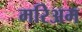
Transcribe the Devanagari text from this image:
मरिअम